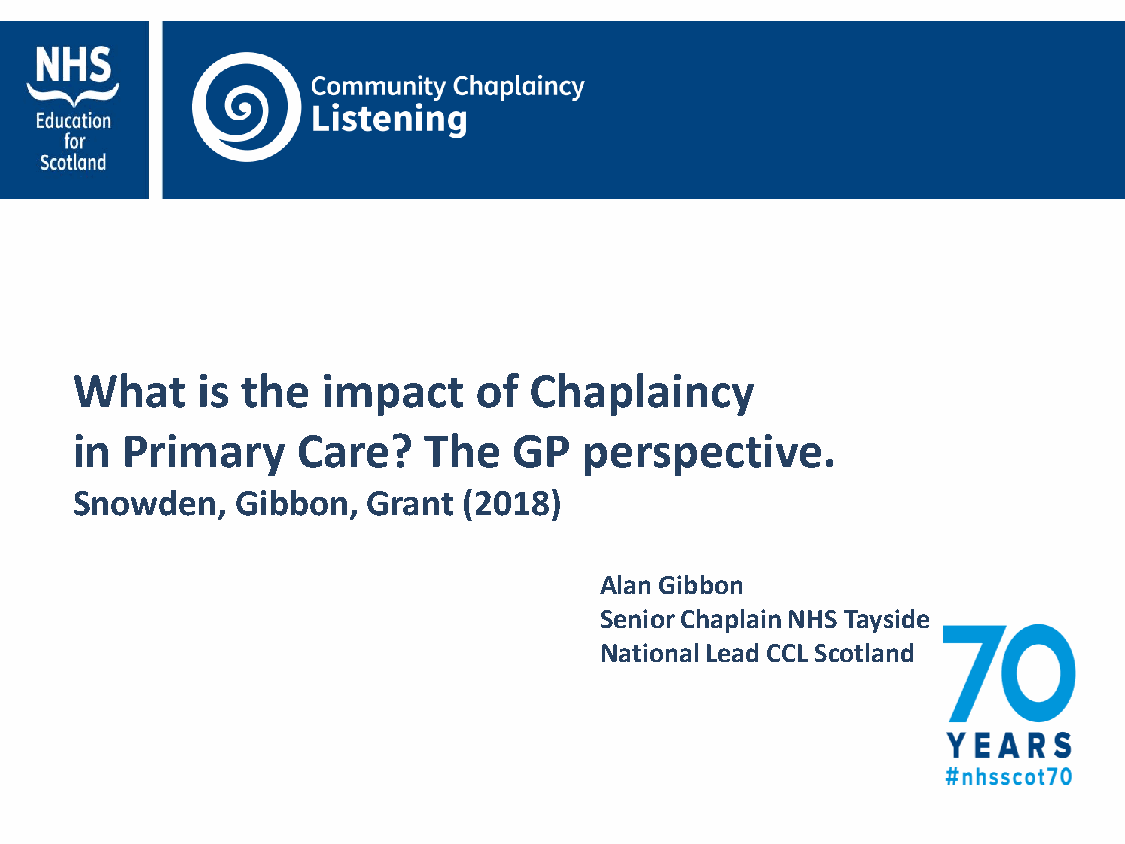
What    is the  impact    of  Chaplaincy
 in Primary     Care?   The   GP   perspective.
 Snowden,   Gibbon, Grant  (2018)
 Alan Gibbon
 Senior Chaplain NHS Tayside
 National Lead CCL Scotland